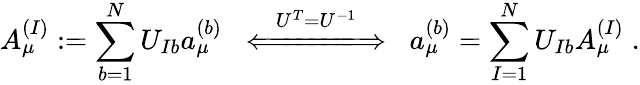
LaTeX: A_{\mu}^{(I)}:=\sum_{b=1}^{N}U_{Ib}a_{\mu}^{(b)}\; \; \stackrel{U^{T}=U^{-1}}{\Longleftarrow\! \! =\! \! =\! \! =\! \! =\! \! =\! \! \! \Longrightarrow}\; \; a_{\mu}^{(b)}=\sum_{I=1}^{N}U_{Ib}A_{\mu}^{(I)}\; .